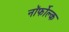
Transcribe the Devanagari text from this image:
नॉर्फोल्क